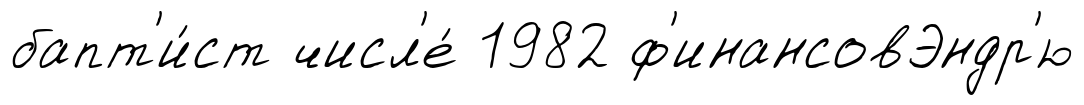
бапт'и́ст числ'е́ 1982 ф'инансовЭндр'ю